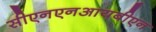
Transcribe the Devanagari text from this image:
सीएनएनआयबीएन